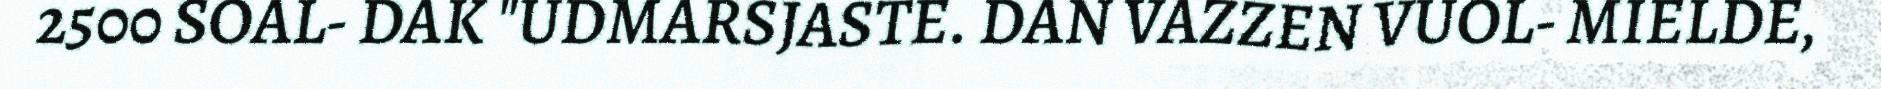
2500 SOAL- DAK "UDMARSJASTE. DAN VAZZEN VUOL- MIELDE,